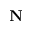
\textbf { N }